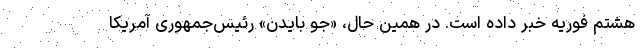
هشتم فوریه خبر داده است. در همین حال، «جو بایدن» رئیس‌جمهوری آمریکا